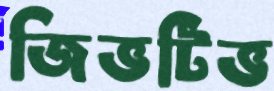
জিভটিভ